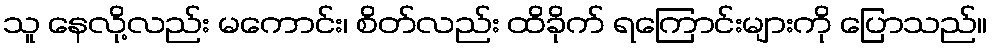
သူ နေလို့လည်း မကောင်း၊ စိတ်လည်း ထိခိုက် ရကြောင်းများကို ပြောသည်။